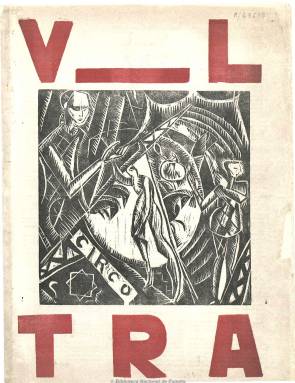
Título: V-ltra (Madrid)
Otros títulos: Vltra || Ultra
Colección: Literatura
Ámbito geográfico: Madrid
Lugar de publicación: Madrid
Fechas: 27/01/1921-15/03/1922

Con la primera letra del título a la manera latina –VLTRA-, es considerada como la revista española más representativa de los movimientos vanguardistas literarios y artísticos de entreguerras. Empieza a publicarse el 27 de enero de 1921, cumpliéndose así el último compromiso asumido por los firmantes del manifiesto ultraísta de otoño de 1918, indicando la propia revista que las publicaciones anteriores del mismo carácter, como Cervantes (1916-1920), Grecia (1198-1920), Reflector (1920) o la propia ovetense Ultra (1919-1920), entre otras, “deberán considerarse precursoras” suyas.

Aunque también se ha dicho que su publicación se debe al paso por Madrid del pota chileno Vicente Huidobro (1893-1948), se considera como su inspirador y mentor al también poeta, crítico y ensayista Guillermo de Torre (1900-1971), quien más tarde, en su estudio sobre las literaturas de vanguardia, escribiría que fue la “revista más típica y netamente representativa del hervor, del radicalismo” de esa “crepitante y disidente generación” vanguardista, “que conquistó una amplia atención y un núcleo escogido de fieles lectores”, añadiendo que es la “más interesante, jugosa y sazonada de todas las publicaciones ultraístas”.

La propia revista especificará que carecía de director –siguiendo el modelo de las revistas dadaístas, como recuerda César Antonio Molina-, y que se regía por un “comité autónomo”. Sin embargo, por referencias posteriores se sabrá que el director efectivo sería el poeta y crítico Humberto Rivas Panedas (1893-1960?), ayudándole en la mayor parte del trabajo el pintor polaco Wladyslaw Jahl (1886-1953).

La revista publicó un total de 24 entregas, hasta la del 15 de marzo de 1922, al principio con periodicidad decenal y, desde el uno de diciembre de 1921, quincenal. Mientras que Molina señala que se trata de la primera que introdujo innovaciones en el formato – fue impresa en gran formato tríptico- y en la concepción gráfica, Luis Felipe Vivancos la destaca como ejemplo de renovación formal, tipográfica e iconográfica, al romper el concepto usual de las anteriores revistas modernistas. Molina resalta que todas sus páginas estarán cubiertas de entrefiletes con leyendas, y en la estampación de casi todas sus portadas se utilizaron las dos tintas y la variación en la composición de su título y la composición de sus páginas será a tres columnas, a veces con algunos textos corridos. Para Francisco Javier Díez de Revenga “supone una minoración y moderación de los afanes caligramáticos, aunque desde el punto de vista plástico es una de las más hermosas revistas de la vanguardia española”.

Resaltan en ella sus magníficas ilustraciones, los dibujos y grabados en madera de Norah Borges, mujer de Guillermo de Torre y hermana de Jorge Luis Borges, así como los de W. Jahl, pero también los de Rafael Barradas, André Derain y Eva Aggerholm, mujer de Daniel Vázquez.

Bajo su título añade la leyenda “poesía, crítica, arte” y sólo al final de su vida añadirá el subtítulo “revista internacional de vanguardia”. Será una publicación eminentemente de creación poética y en menor medida de crítica literaria y casi exangüe en la artística. También insertará pequeñas reseñas de las veladas ultraístas y dará cuenta de novedades de libros y revistas, y ella resaltan también sus anuncios comerciales, como los de libros de la imprenta de Rafael Caro Raggio, el de la cervecería Oro del Rhin, de la madrileña plaza de Santa Ana, o la proyección de algunas películas.

En prosa contiene textos de Rafael Cansinos Assens, Ramón Gómez de la Serna, José Ortega y Gasset o de los ya citados Jorge Luis Borges y Guillermo de Torre, que también publican poemas, como el ya citado Humberto Rivas Panedas y su hermano José, Gerardo Diego, José de Ciria y Escalante, Eliodoro Puche, César A. Comet, Pedro Garfias, Adriano del Valle, Rafael Lasso de la Vega, Tomás Luque, Isaac de Vando-Villar, Joaquín de la Escosura, Ernesto López-Parra, Guillermo, Francisco Bello o Juan Chabás, entre otros. También cuenta, como corresponsales literarios, con Tadeusz Peipier (Polonia), Volne Smeri (Checoslovaquia) o el citado Jorge Luis Borges (Argentina). En su número 23, de uno de febrero de 1922, escribirán los entonces jóvenes Rosa Chacel o Luis Buñuel. Aparecerán asimismo textos de Mallarmé o Rimbaud o traducciones de Borges de poetas expresionistas alemanes, mientras que De Torre será traductor de lo nuevo aparecido en Francia.

La revista fue editada en facsímil en 1993, bajo la edición de José Antonio Sarmiento y José María Barrera.